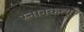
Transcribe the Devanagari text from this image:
स्नानकर्त्या